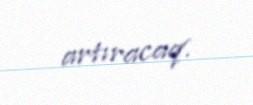
artıracaq.